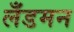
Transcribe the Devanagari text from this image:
लँडमन